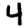
Digit: 4